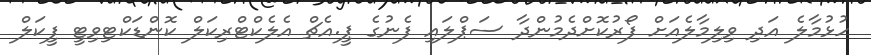
ހުޅުމާލެ އަދި ވިލިމާލެއަށް ފޯރުކޮށްދެމުންދާ ސަޕްލައި ފެނުގެ ޕީ.އެޗް އެލެކްޓްރިކަލް ކޮންޑަކްޓިވިޓީ ފީކަލް